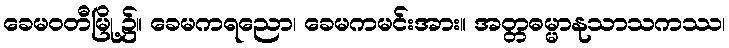
ခေမဝတီမြို့၌။ ခေမကရညော၊ ခေမကမင်းအား။ အတ္တဓမ္မာနုသာသကဿ၊